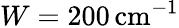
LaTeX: W=200\, \mathrm{cm}^{-1}